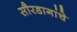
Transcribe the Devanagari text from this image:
सौरडागांचे